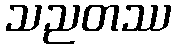
သညတဿ